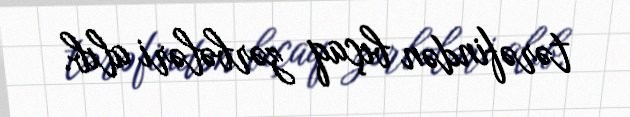
tərəfindən bıçaq zərbələri alıb.